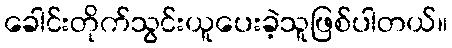
ခေါင်းတိုက်သွင်းယူပေးခဲ့သူဖြစ်ပါတယ်။